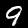
Digit: 9